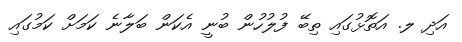
އަދި ލ. އަތޮޅުގައި ތިބޭ ފުލުހުން ބުނީ އެކަން ބަލާނެ ކަމަށް ކަމުގައި